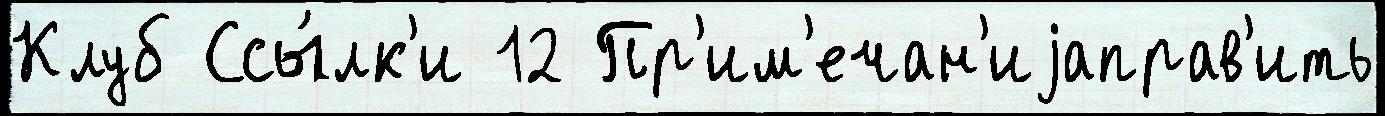
Клуб Ссы́лк'и 12 Пр'им'ечан'иjаправ'ить